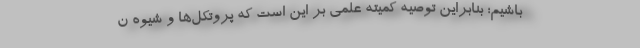
باشیم؛ بنابراین توصیه کمیته علمی بر این است که پروتکل‌ها و شیوه ن